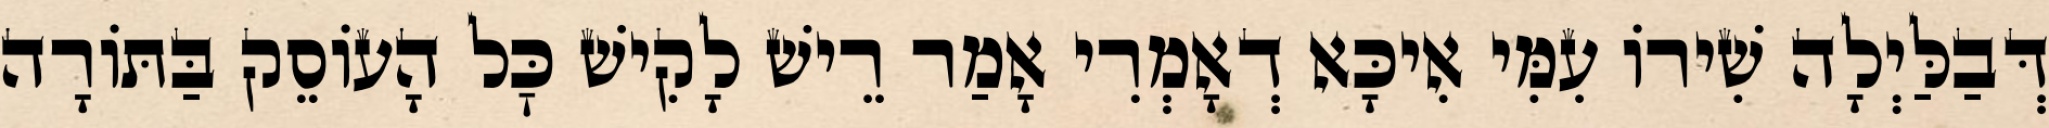
דְּבַלַּיְלָה שִׁירוֹ עִמִּי אִיכָּא דְאָמְרִי אָמַר רֵישׁ לָקִישׁ כׇּל הָעוֹסֵק בַּתּוֹרָה